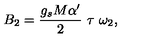
B _ { 2 } = \frac { g _ { s } M \alpha ^ { \prime } } { 2 } \ \tau \ \omega _ { 2 } ,